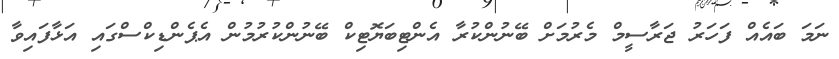
ނަމަ ބައެއް ފަހަރު ޖަރާސީމް މެރުމަށް ބޭނުންކުރާ އެންޓިބަޔޮޓިކް ބޭނުންކުރުމުން އެޕެންޑިކްސްގައި އަޅާފައިވާ